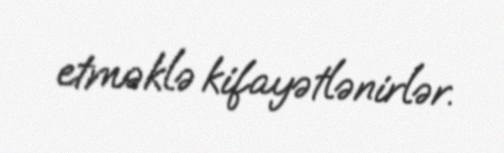
etməklə kifayətlənirlər.